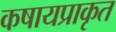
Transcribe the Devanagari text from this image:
कषायप्राकृत